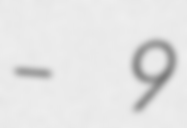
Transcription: – 9